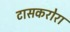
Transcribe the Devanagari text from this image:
टासकरोरा